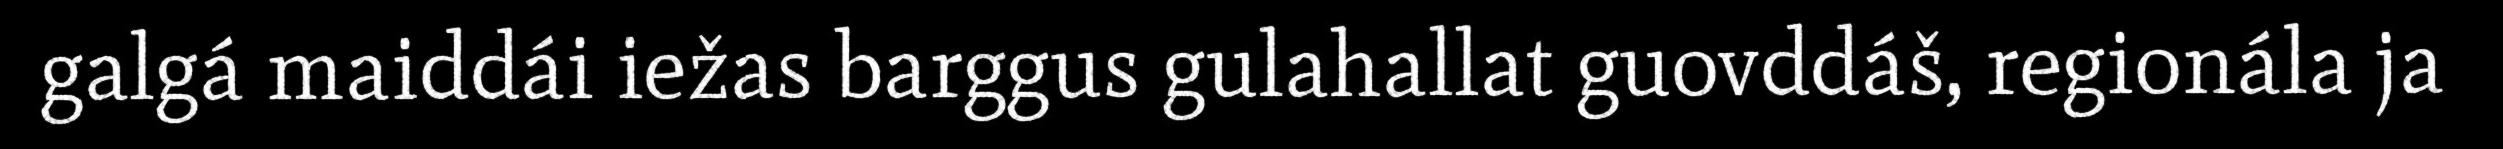
galgá maiddái iežas barggus gulahallat guovddáš, regionála ja